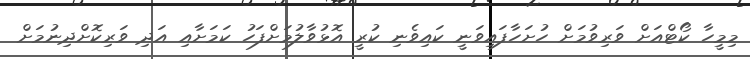
މިމީހާ ކޯޓްއަށް ވަރިވުމަށް ހުށަހާފައިވަނީ ކައިވެނި ކުރީ އޮޅުވާލުމަށްފަހު ކަމަށާއި އަދި ވަރިކޮށްދިނުމަށް